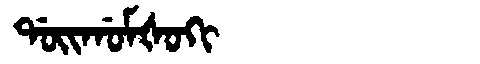
Manchu: ᡩᠣᡳᡤᠣᠮᡧᠣᡴᡳ
Romanization: DOIGOMŠOKI